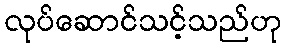
လုပ်ဆောင်သင့်သည်ဟု